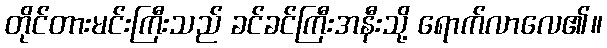
တိုင်တားမင်းကြီးသည် ခင်ခင်ကြီးအနီးသို့ ရောက်လာလေ၏။